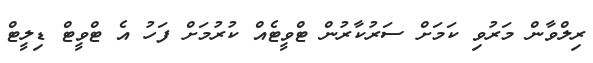
ރިލްވާން މަރުވި ކަމަށް ސަރުކާރުން ޓްވީޓެއް ކުރުމަށް ފަހު އެ ޓްވީޓް ޑިލީޓް